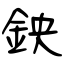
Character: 鉠